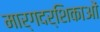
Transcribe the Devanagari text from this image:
मार्गदर्शिकाओं